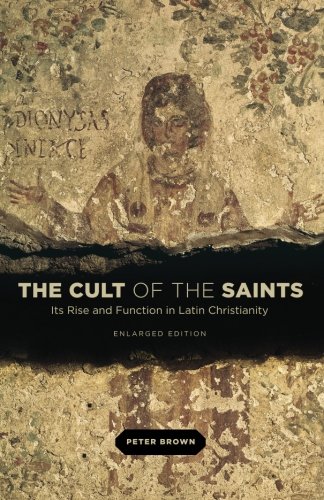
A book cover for The Cult of the Saints: Its Rise and Function in Latin Christianity, Enlarged Edition; Peter Brown; Christian Books & Bibles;